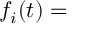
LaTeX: f _ { i } ( t ) =